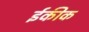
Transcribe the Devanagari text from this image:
ईकीक